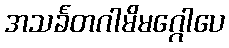
အသင်္ခတဂါမိမဂ္ဂေါပေ